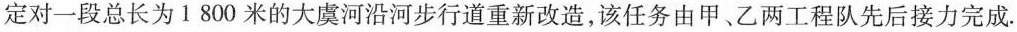
定对一段总长为1800米的大虞河沿河步行道重新改造，该任务由甲、乙两工程队先后接力完成.